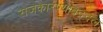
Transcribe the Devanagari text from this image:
राजकारण्यांबद्दल